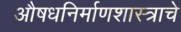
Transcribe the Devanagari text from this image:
औषधनिर्माणशास्त्राचे